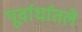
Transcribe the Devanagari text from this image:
पूर्वार्धातले